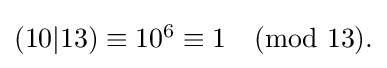
{\textstyle (10|13)\equiv 10^{6}\equiv 1{\pmod {13}}.}